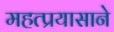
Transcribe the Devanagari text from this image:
महत्प्रयासाने